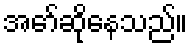
အော်ဆိုနေသည်။